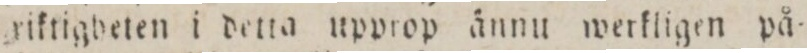
riktigheten i detta upprop ännu werkligen på=